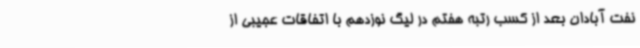
نفت آبادان بعد از کسب رتبه هفتم در لیگ نوزدهم با اتفاقات عجیبی از